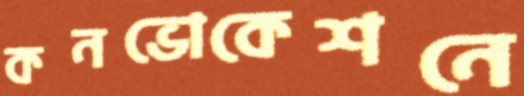
কনভোকেশনে